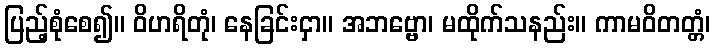
ပြည့်စုံစေ၍။ ဝိဟရိတုံ၊ နေခြင်းငှာ။ အဘဗ္ဗော၊ မထိုက်သနည်း။ ကာမဝိတတ္တံ၊